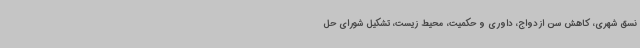
نسق شهری، کاهش سن ازدواج، داوری و حکمیت، محیط زیست، تشکیل شورای حل